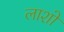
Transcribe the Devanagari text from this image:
लाशो